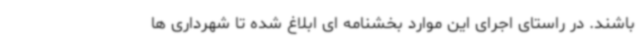
باشند. در راستای اجرای این موارد بخشنامه ای ابلاغ شده تا شهرداری ها